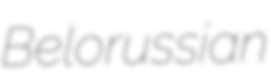
Belorussian